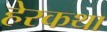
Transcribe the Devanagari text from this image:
हेरकथा